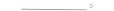
___。